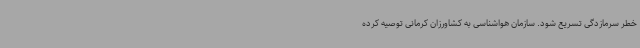
خطر سرمازدگی تسریع شود. سازمان هواشناسی به کشاورزان کرمانی توصیه کرده